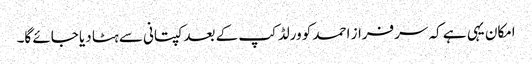
امکان یہی ہے کہ سرفراز احمد کو ورلڈکپ کے بعد کپتانی سے ہٹا دیا جائے گا۔